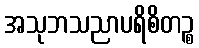
အသုဘသညာပရိစိတဉ္စ